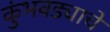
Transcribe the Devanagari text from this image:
कुंभवड्याचे